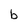
Character: b